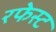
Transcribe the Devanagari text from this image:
रफेस्ट